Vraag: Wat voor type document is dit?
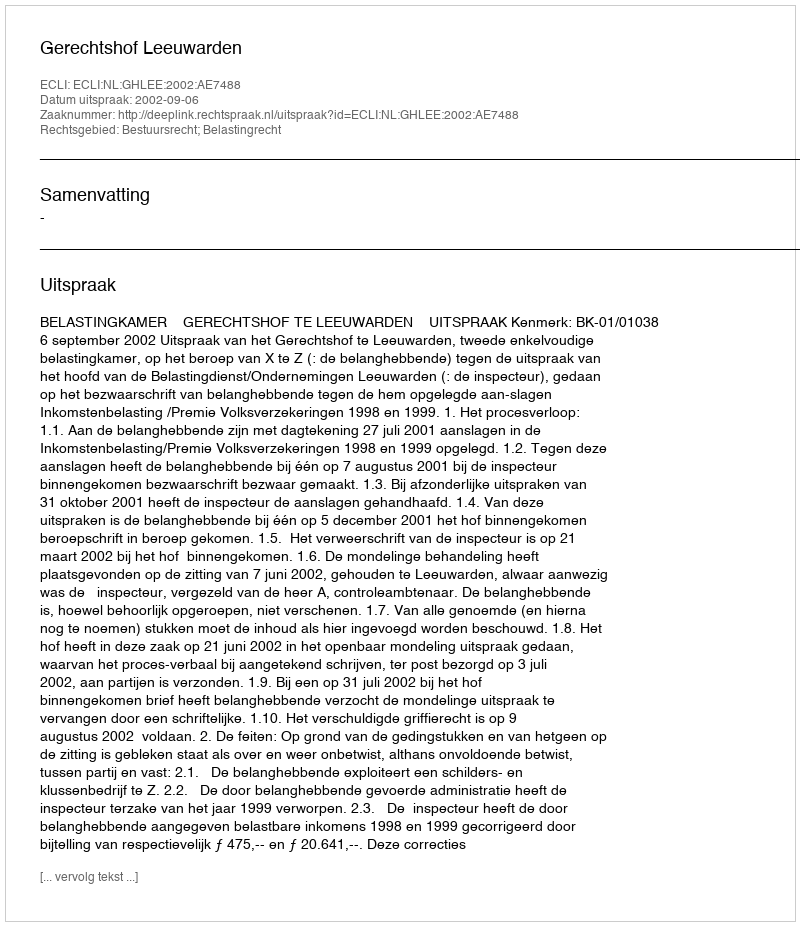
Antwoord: Uitspraak